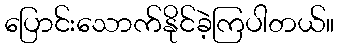
ပြောင်းသောက်နိုင်ခဲ့ကြပါတယ်။